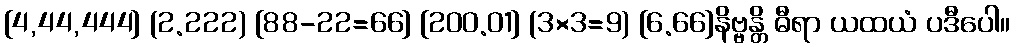
{4,44,444} (2.222) [88-22=66] {200.01} (3×3=9) [6.66]နိဗ္ဗန္တိ ဓီရာ ယထယံ ပဒီပေါ။